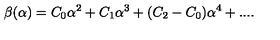
\beta ( \alpha ) = C _ { 0 } \alpha ^ { 2 } + C _ { 1 } \alpha ^ { 3 } + ( C _ { 2 } - C _ { 0 } ) \alpha ^ { 4 } + . . . .